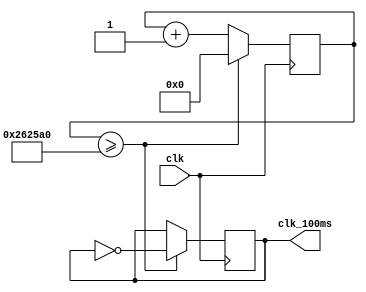
`timescale 1ns / 1ps
//////////////////////////////////////////////////////////////////////////////////
// Company: 
// Engineer: 
// 
// Design Name: 
// Module Name:    clk_div 
// Project Name: 
// Target Devices: 
// Tool versions: 
// Description: 
//
// Dependencies: 
//
// Revision: 
// Revision 0.01 - File Created
// Additional Comments: 
//
//////////////////////////////////////////////////////////////////////////////////
module clk_div(
    input clk,
    output reg clk_100ms
    );
	 reg [27:0] q;
	 
	 always @ (posedge clk) begin
		if(q >= 2500000) begin
			clk_100ms <= ~clk_100ms;
			q <= 0;
			end
		else q <= q+1;
		end


endmodule